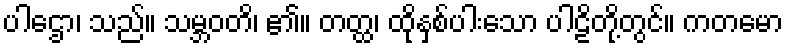
ပါဌော၊ သည်။ သမ္ဘဝတိ၊ ၏။ တတ္ထ၊ ထိုနှစ်ပါးသော ပါဠိတို့တွင်။ ကတမော